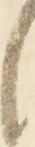
候